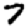
Digit: 7